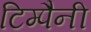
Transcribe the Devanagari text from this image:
टिम्पैनी